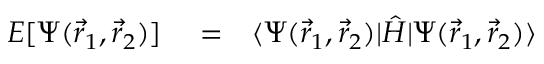
\begin{array} { r l r } { E [ \Psi ( \vec { r } _ { 1 } , \vec { r } _ { 2 } ) ] } & { { } = } & { \langle \Psi ( \vec { r } _ { 1 } , \vec { r } _ { 2 } ) | \hat { H } | \Psi ( \vec { r } _ { 1 } , \vec { r } _ { 2 } ) \rangle } \end{array}